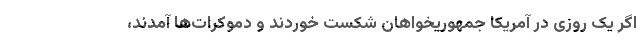
اگر یک روزی در آمریکا جمهوریخواهان شکست خوردند و دموکرات‌ها آمدند،